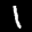
Label: 1